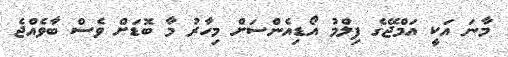
މާނަ އަކީ އަމްޖޭގެ ފިލްމު އޯޑިއެންސަށް މިހާރު މާ ބޮޑަށް ވެސް ބާވެއްޖެ